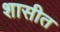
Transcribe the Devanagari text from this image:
शासीत